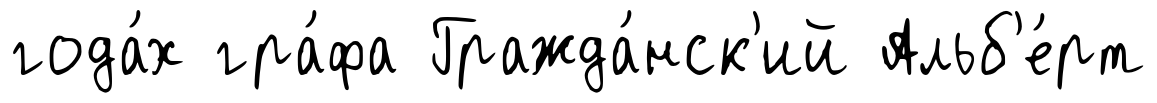
года́х гра́фа Гражда́нск'ий Альб'е́рт